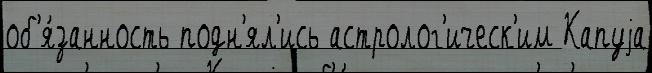
об'я́занность подн'ял'ись астролог'ическ'им Капуjа